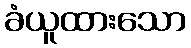
ခံယူထားသော